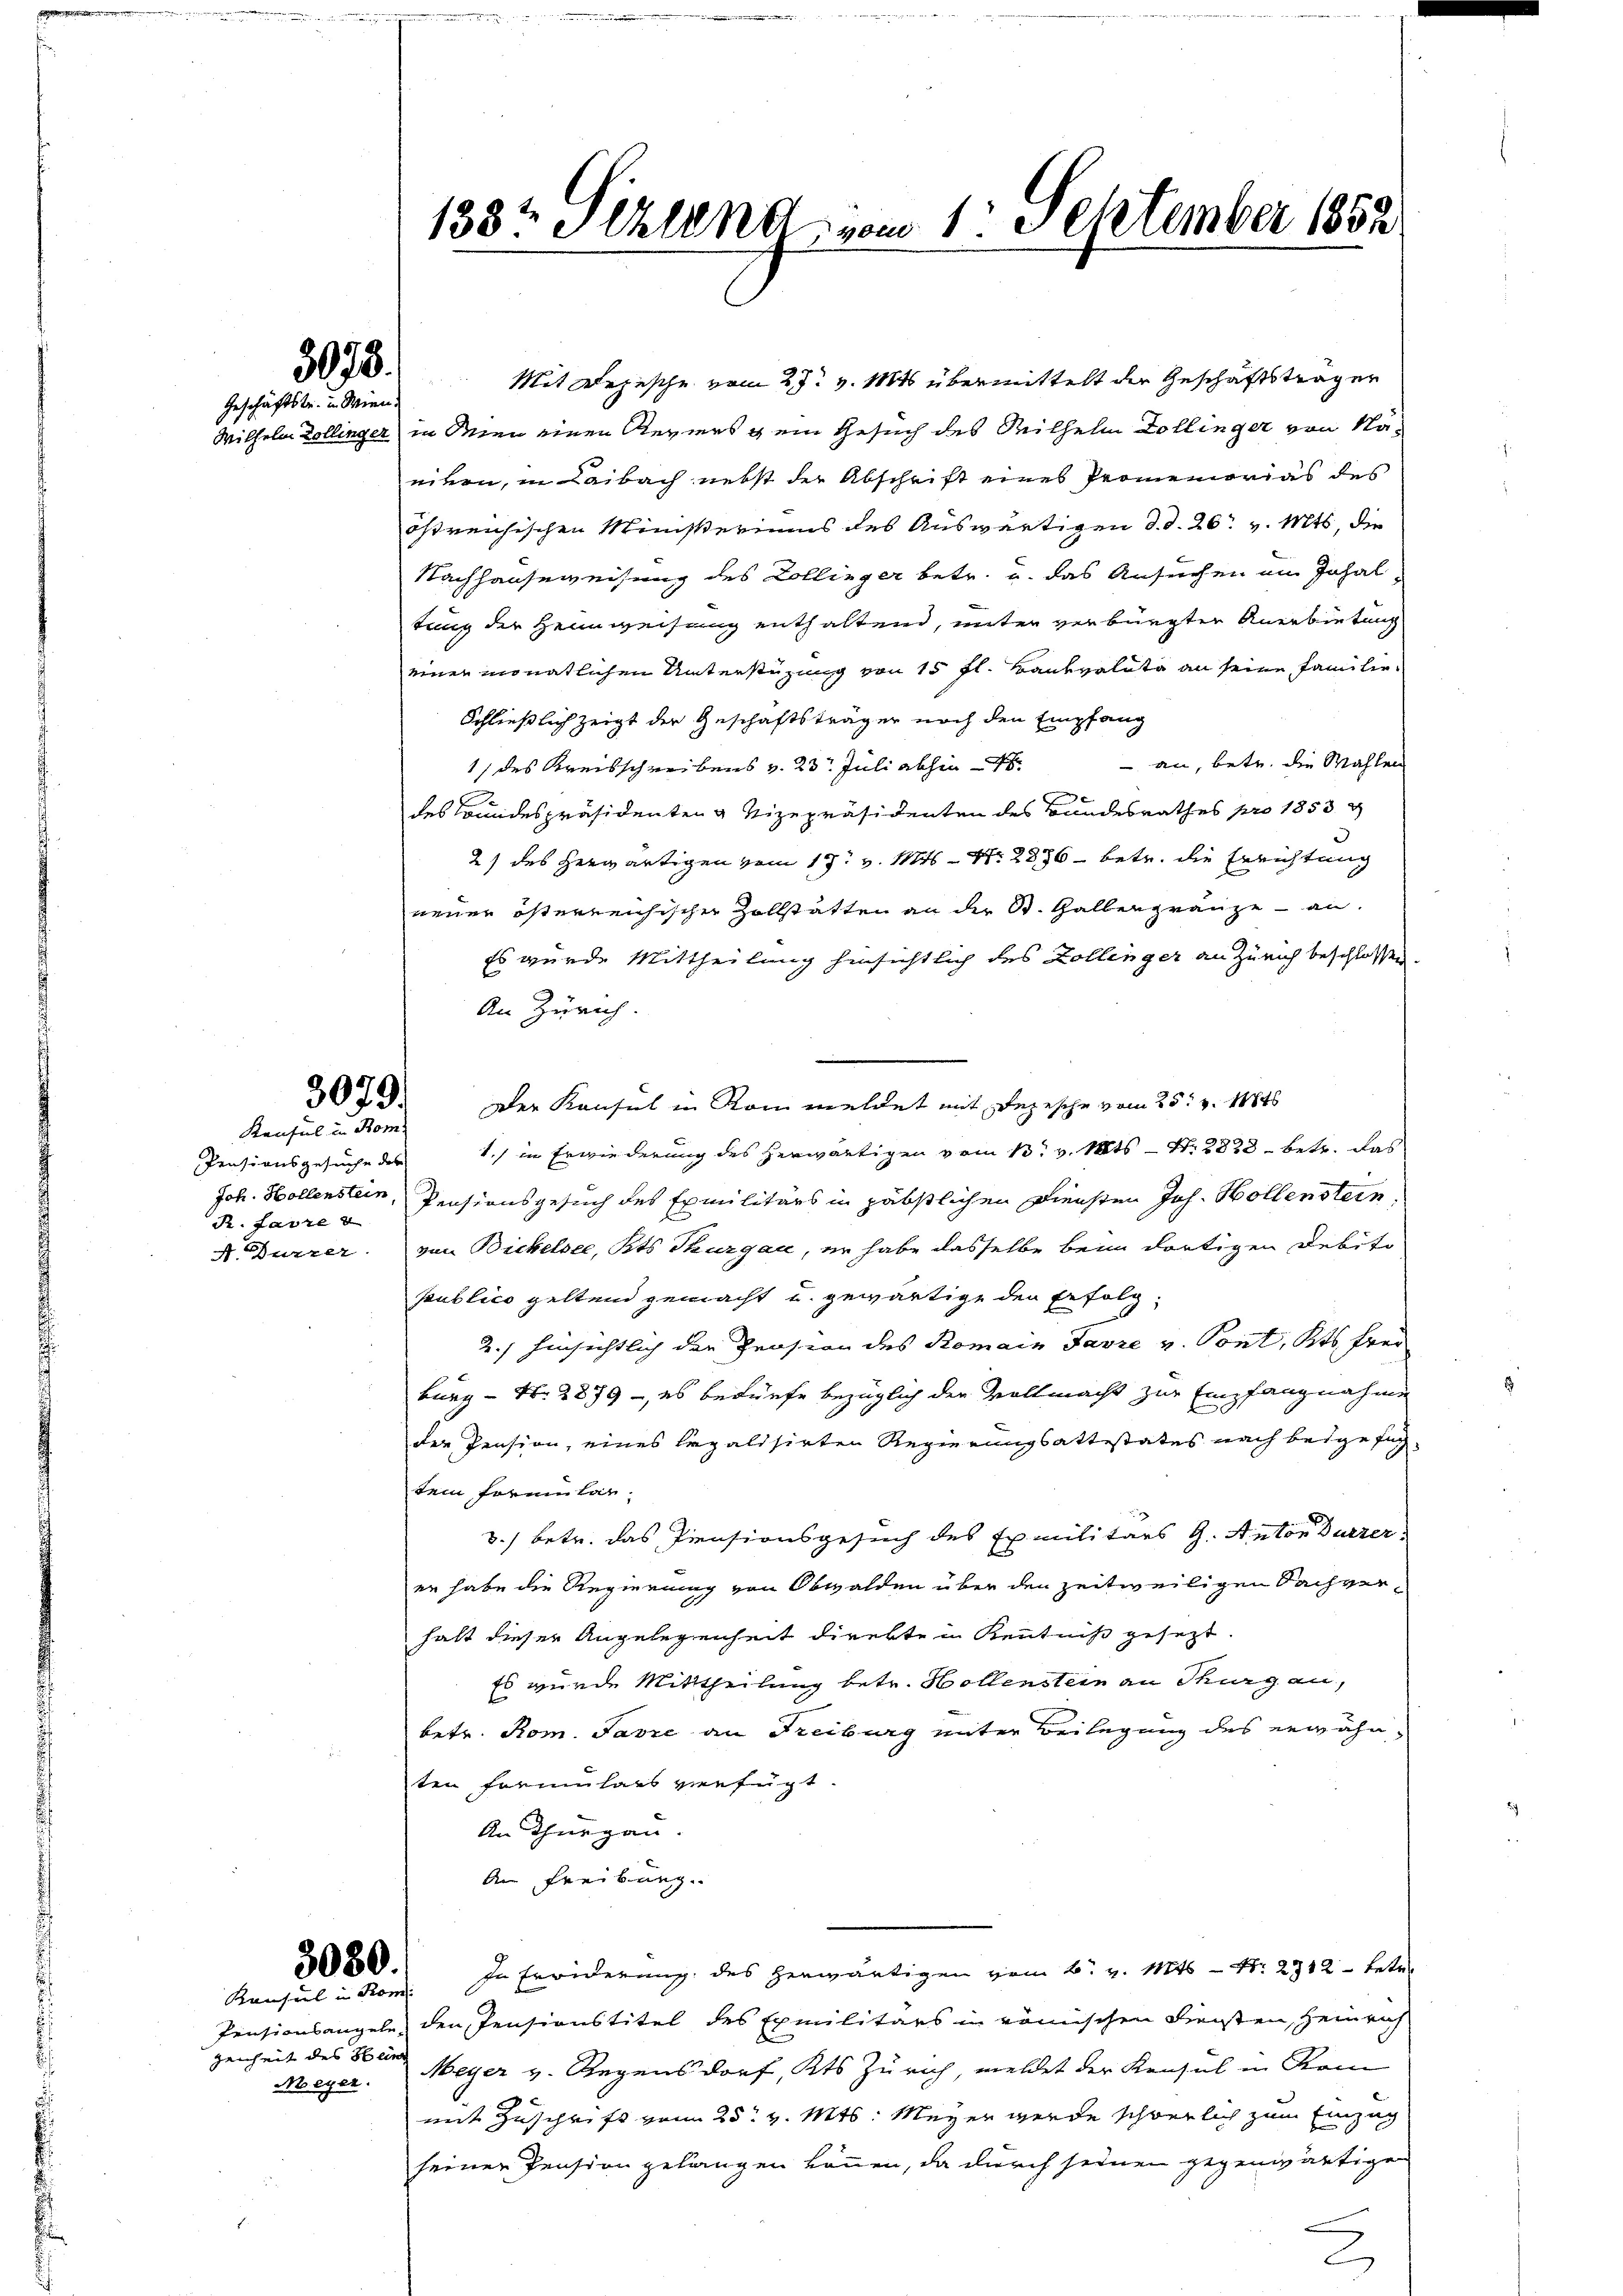
3075.
Geschäftstr. in Wien.

3079.
Kenful in Rom.

Konsul in Rom.

Pensionsgesuche des
R. Jahre v

Mit Depesche vom 27. v. Mts. übermittelt der Geschäftsträger
Wilhelm Zollinger in Mien einen Reviers dem Gesuch des Wilhelm Collinger von Nänitern, in Laibach nebst der Abschrift eines Promemorias des
östreichischen Ministeriums des Auswärtigen d. d. 26. v. Mts, die
Nachhauseweisung des Collinger betr. u. das Ansuchen ein Inhal
tung der Heimweisung enthaltend, unter verbürgter Anerbietung
einer monatlichen Unterstüzung von 15 fl. Bankvaluta an seine Familie
Schließlich zeigt der Geschäftsträger noch den Empfang
 an, betr. die Mahlen
1 des Kreisschreibens v. 23. Juli abhin
des Bundespräsidenten & Vizepräsidenten des Bundesrathes pro 1853 g
2) des herwärtigen vom 17t v. Mts. Nr. 2856 betr. die Errichtung
neuer österreichischer Zollstatten an der St. Galbergränze an.
Es wurde Mittheilung hinsichtlich des Zollinger an Zürich beschlossen.
An Zürich.
Der Konsul in Rom meldet mit Depesche vom 25t v. 1846
1.) in Erwiederung des herwärtigen vom 13. v. Mts. — N. 2838 - betr. das
Joh. Hollenstein, Pensionsgesuch des Exmilitärs in päbstlichen Diensten Joh. Hollenstein,
Nurzer von Bickelber, Kts. Thurgau, er habe dasselbe beim dortigen Debito
publico geltend gemacht u. gewärtige den Erfolg¬
2.) hinsichtlich der Prosion des Romain Favre v. Pont, Kts. Frei
burg - N. 2879 - es bedürfe bezüglich der Woltmacht zur Empfangnahme
der Pension, eines legalisirten Regierungsattestates nach beigefügtem formular-
3.) betr. das Pensionsgesuch des Exmilitärs G. Anton Durzer
er habe die Regierung von Obwalden über den zeitweiligen Sachverhalt dieser Angelegenheit direkte in Kenntniß gesezt.
Es wurde Mittheilung betr. Sollenstein an Thurgau,
betr. Rom. Favre an Freiburg unter Beilegung des erwähnten Formulars verfügt.
An Thurgau.
An Freibung
2000. In Erwiderung des herwärtigen vom 6. v. Mts - N. 2912 - Betr
Pensionsangeln, den Pensionstitel des Exmilitärs in römischen Fleisten, Heinrich
Meyer. Meyer v. Regensdorf, Kts Zürich, meldet der Konsul in Kom
mit Zuschrift vom 25t v. Mts. Meyer werde schwerlich zum Einzug
seiner Pension gelangen können, da durch seinen gegenwärtigen
2

genheit des Hein

133t Akten vom 1. September 1852